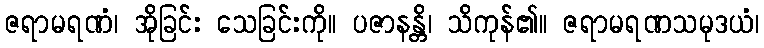
ဇရာမရဏံ၊ အိုခြင်း သေခြင်းကို။ ပဇာနန္တိ၊ သိကုန်၏။ ဇရာမရဏသမုဒယံ၊